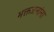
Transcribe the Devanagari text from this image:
भक्तजनांना